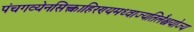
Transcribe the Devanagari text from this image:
पंचगव्येनसिक्त्वाहिरण्यमध्वाज्यतिलैश्चयोज्य